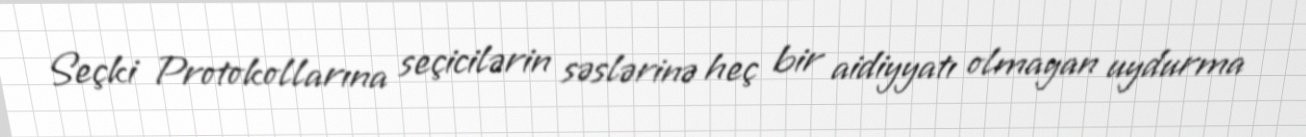
Seçki Protokollarına seçicilərin səslərinə heç bir aidiyyatı olmayan uydurma